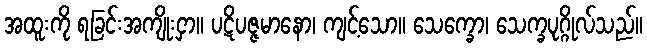
အထူးကို ရခြင်းအကျိုးငှာ။ ပဋိပဇ္ဇမာနော၊ ကျင့်သော။ သေက္ခော၊ သေက္ခပုဂ္ဂိုလ်သည်။